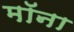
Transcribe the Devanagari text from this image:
मॉना